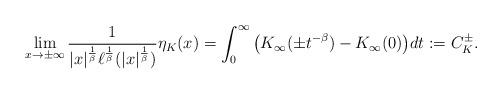
LaTeX: \begin{align*} \lim\limits_{x\to \pm\infty} \frac{1}{|x|^{\frac{1}{\beta}} \ell^{\frac{1}{\beta}}(|x|^{\frac{1}{\beta}})} \eta_K(x)=\int^{\infty}_0 \big(K_{\infty}(\pm t^{-\beta})-K_{\infty}(0)\big)dt:=C^{\pm}_K.\end{align*}